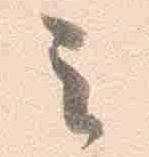
云